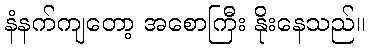
နံနက်ကျတော့ အစောကြီး နိုးနေသည်။